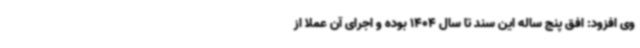
وی افزود: افق پنج ساله این سند تا سال 1404 بوده و اجرای آن عملا از